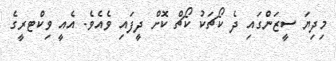
މިދިޔަ ސީޒަންގައި ދެ ކޯޗަކު ކޯޗް ކޮށް ދީފައި ވެއެވެ. އެއީ ވިކްޓރީގެ